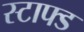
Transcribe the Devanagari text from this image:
स्टाफ्ड